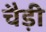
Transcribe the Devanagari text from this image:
चैड़ी